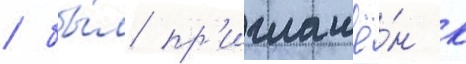
/ бы́л пр'иглашё́н к